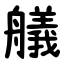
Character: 艤